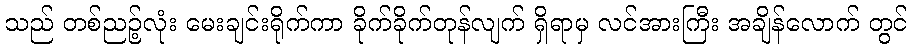
သည် တစ်ညဉ့်လုံး မေးချင်းရိုက်ကာ ခိုက်ခိုက်တုန်လျက် ရှိရာမှ လင်အားကြီး အချိန်လောက် တွင်